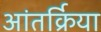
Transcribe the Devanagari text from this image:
आंतर्क्रिया